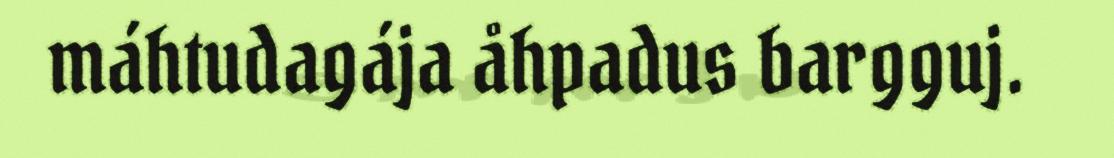
máhtudagája åhpadus bargguj.